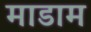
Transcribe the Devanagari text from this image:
माडाम